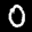
Label: 0